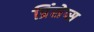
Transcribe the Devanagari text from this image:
प्रिंसेप्स